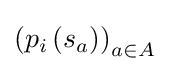
\left(p_{i}\left(s_{a}\right)\right)_{a\in A}